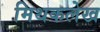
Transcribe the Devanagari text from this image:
मिथकलेख